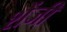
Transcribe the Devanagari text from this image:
शेंजी